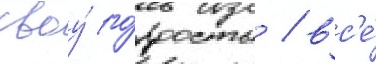
своу́ го́рдость / вс'е́